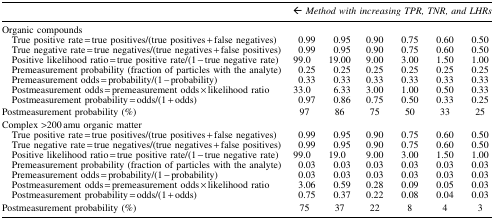
<table><thead><tr><td><b> </b></td><td colspan="6"><b><i>← Method with increasing TPR, TNR, and LHRs</i></b></td></tr></thead><tbody><tr><td colspan="7">Organic compounds</td></tr><tr><td> True positive rate = true positives/(true positives + false negatives)</td><td>0.99</td><td>0.95</td><td>0.90</td><td>0.75</td><td>0.60</td><td>0.50</td></tr><tr><td> True negative rate = true negatives/(true negatives + false positives)</td><td>0.99</td><td>0.95</td><td>0.90</td><td>0.75</td><td>0.60</td><td>0.50</td></tr><tr><td> Positive likelihood ratio = true positive rate/(1 − true negative rate)</td><td>99.0</td><td>19.00</td><td>9.00</td><td>3.00</td><td>1.50</td><td>1.00</td></tr><tr><td> Premeasurement probability (fraction of particles with the analyte)</td><td>0.25</td><td>0.25</td><td>0.25</td><td>0.25</td><td>0.25</td><td>0.25</td></tr><tr><td> Premeasurement odds = probability/(1 – probability)</td><td>0.33</td><td>0.33</td><td>0.33</td><td>0.33</td><td>0.33</td><td>0.33</td></tr><tr><td> Postmeasurement odds = premeasurement odds × likelihood ratio</td><td>33.0</td><td>6.33</td><td>3.00</td><td>1.00</td><td>0.50</td><td>0.33</td></tr><tr><td> Postmeasurement probability = odds/(1 + odds)</td><td>0.97</td><td>0.86</td><td>0.75</td><td>0.50</td><td>0.33</td><td>0.25</td></tr><tr><td>Postmeasurement probability (%)</td><td>97</td><td>86</td><td>75</td><td>50</td><td>33</td><td>25</td></tr><tr><td>Complex &gt;200 amu organic matter</td><td> </td><td> </td><td> </td><td> </td><td> </td><td> </td></tr><tr><td> True positive rate = true positives/(true positives + false negatives)</td><td>0.99</td><td>0.95</td><td>0.90</td><td>0.75</td><td>0.60</td><td>0.50</td></tr><tr><td> True negative rate = true negatives/(true negatives + false positives)</td><td>0.99</td><td>0.95</td><td>0.90</td><td>0.75</td><td>0.60</td><td>0.50</td></tr><tr><td> Positive likelihood ratio = true positive rate/(1 − true negative rate)</td><td>99.0</td><td>19.0</td><td>9.00</td><td>3.00</td><td>1.50</td><td>1.00</td></tr><tr><td> Premeasurement probability (fraction of particles with the analyte)</td><td>0.03</td><td>0.03</td><td>0.03</td><td>0.03</td><td>0.03</td><td>0.03</td></tr><tr><td> Premeasurement odds = probability/(1 − probability)</td><td>0.03</td><td>0.03</td><td>0.03</td><td>0.03</td><td>0.03</td><td>0.03</td></tr><tr><td> Postmeasurement odds = premeasurement odds × likelihood ratio</td><td>3.06</td><td>0.59</td><td>0.28</td><td>0.09</td><td>0.05</td><td>0.03</td></tr><tr><td> Postmeasurement probability = odds/(1 + odds)</td><td>0.75</td><td>0.37</td><td>0.22</td><td>0.08</td><td>0.04</td><td>0.03</td></tr><tr><td>Postmeasurement probability (%)</td><td>75</td><td>37</td><td>22</td><td>8</td><td>4</td><td>3</td></tr></tbody></table>